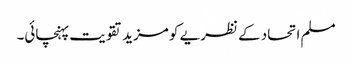
مسلم اتحاد کے نظریے کو مزید تقویت پہنچائی۔